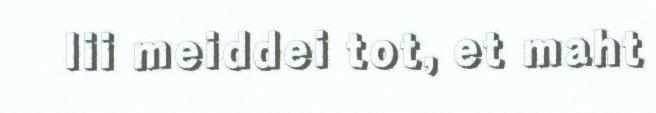
lii meiddei tot, et maht